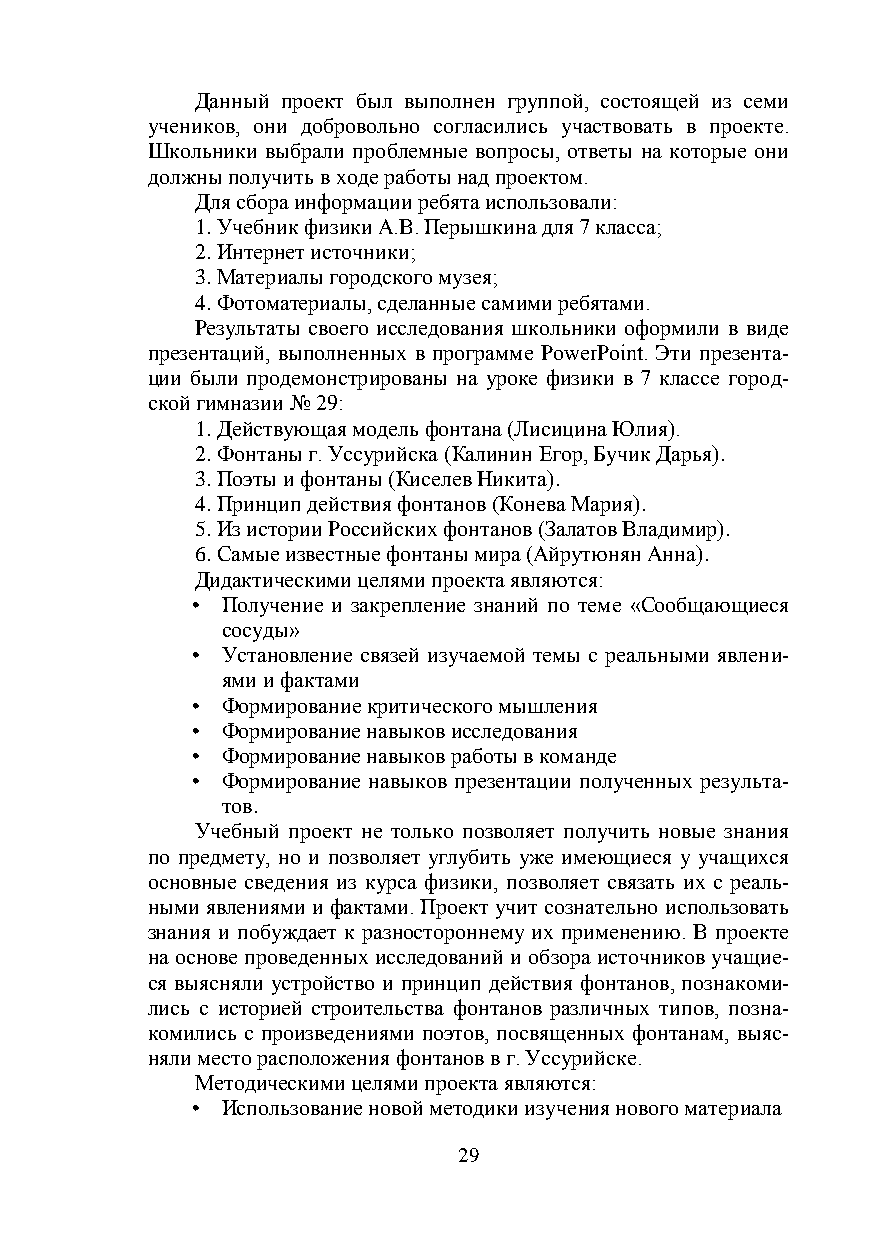
Данный проект был выполнен группой, состоящей из семи
 учеников, они добровольно согласились участвовать в проекте.
 Школьники выбрали проблемные вопросы, ответы на которые они
 должны получить в ходе работы над проектом.
 Для сбора информации ребята использовали:
 1. Учебник физики А.В. Перышкина для 7 класса;
 2. Интернет источники;
 3. Материалы городского музея;
 4. Фотоматериалы, сделанные самими ребятами.
 Результаты своего исследования школьники оформили в виде
 презентаций, выполненных в программе PowerPoint. Эти презента-
 ции были продемонстрированы на уроке физики в 7 классе город-
 ской гимназии № 29:
 1. Действующая модель фонтана (Лисицина Юлия).
 2. Фонтаны г. Уссурийска (Калинин Егор, Бучик Дарья).
 3. Поэты и фонтаны (Киселев Никита).
 4. Принцип действия фонтанов (Конева Мария).
 5. Из истории Российских фонтанов (Залатов Владимир).
 6. Самые известные фонтаны мира (Айрутюнян Анна).
 Дидактическими целями проекта являются:
 • Получение и закрепление знаний по теме «Сообщающиеся
 сосуды»
 • Установление связей изучаемой темы с реальными явлени-
 ями и фактами
 • Формирование критического мышления
 • Формирование навыков исследования
 • Формирование навыков работы в команде
 • Формирование навыков презентации полученных результа-
 тов.
 Учебный проект не только позволяет получить новые знания
 по предмету, но и позволяет углубить уже имеющиеся у учащихся
 основные сведения из курса физики, позволяет связать их с реаль-
 ными явлениями и фактами. Проект учит сознательно использовать
 знания и побуждает к разностороннему их применению. В проекте
 на основе проведенных исследований и обзора источников учащие-
 ся выясняли устройство и принцип действия фонтанов, познакоми-
 лись с историей строительства фонтанов различных типов, позна-
 комились с произведениями поэтов, посвященных фонтанам, выяс-
 няли место расположения фонтанов в г. Уссурийске.
 Методическими целями проекта являются:
 • Использование новой методики изучения нового материала
 29